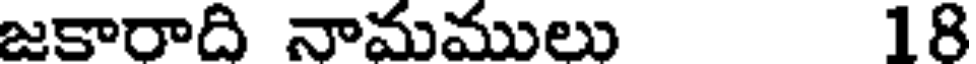
జకారాది నామములు 18